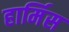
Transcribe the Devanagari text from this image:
हार्मिस